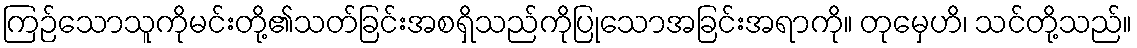
ကြဉ်သောသူကိုမင်းတို့၏သတ်ခြင်းအစရှိသည်ကိုပြုသောအခြင်းအရာကို။ တုမှေဟိ၊ သင်တို့သည်။